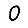
Digit: 0